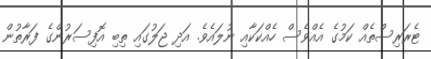
ޓެރަރިސްތެއް ކަމުގެ އެއްވެސް ހެއްކަކާއި ނުލައެވެ. އަދި ޖަލުގައި ތިބި އޮފިސަރުންގެ ފަރާތުން